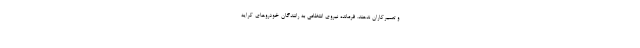
و تعمیرکاران ندهند. فرمانده نیروی انتظامی به رانندگان خودروهای کرایه